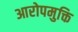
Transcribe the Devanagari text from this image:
आरोपमुक्ति